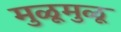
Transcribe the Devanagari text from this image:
मुळूमुळू